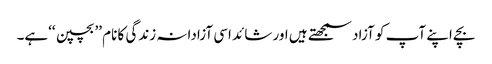
بچے اپنے آپ کو آزاد سمجھتے ہیں اور شائد اسی آزادانہ زندگی کا نام ’’بچپن ‘‘ہے۔